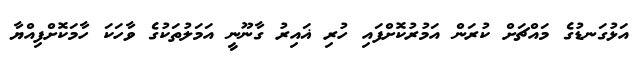
އަޅުގަނޑުގެ މައްޗަށް ކުރަން އަމުރުކޮށްފައި ހުރި ޣައިރު ގާނޫނީ އަމަލުތަކުގެ ވާހަކަ ހާމަކޮށްފިއްޔާ